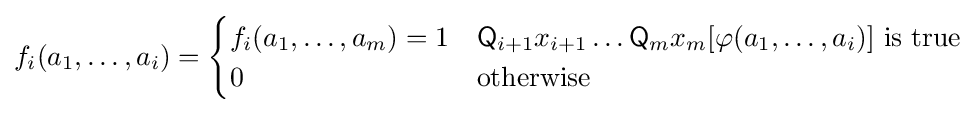
f_{i}(a_{1},\dots ,a_{i})={\begin{cases}f_{i}(a_{1},\dots ,a_{m})=1&{\mathsf {Q}}_{i+1}x_{i+1}\dots {\mathsf {Q}}_{m}x_{m}[\varphi (a_{1},\dots ,a_{i})]{\text{ is true}}\\0&{\text{otherwise}}\end{cases}}